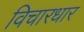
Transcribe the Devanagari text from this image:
विचारधार